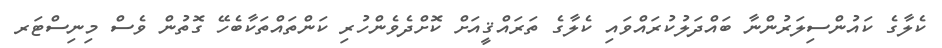
ކެލާގެ ކައުންސިލަރުންނާ ބައްދަލުކުރައްވައި ކެލާގެ ތަރައްޤީއަށް ކޮށްދެވެންހުރި ކަންތައްތަކާބެހޭ ގޮތުން ވެސް މިނިސްޓަރ